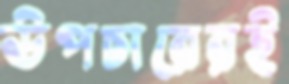
উপচারেরই